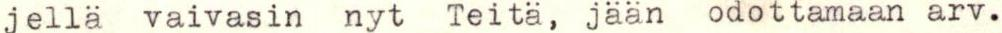
jellä vaivasin nyt Teitä, jään odottamaan arv.